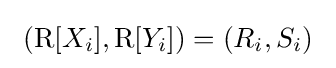
\ \left(\operatorname {R} [X_{i}],\operatorname {R} [Y_{i}]\right)=(R_{i},S_{i})~